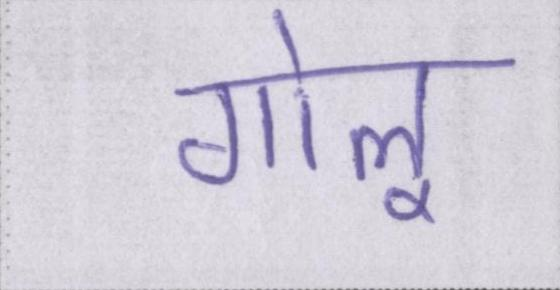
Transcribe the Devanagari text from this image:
गोलू